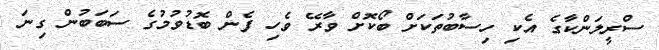
ސްރީލަންކާގެ އެކި ހިސާބުތަކަށް ބޯކޮށް ވާރޭ ވެހި ފެން ބޮޑުވުމުގެ ސަބަބުން ގިނަ